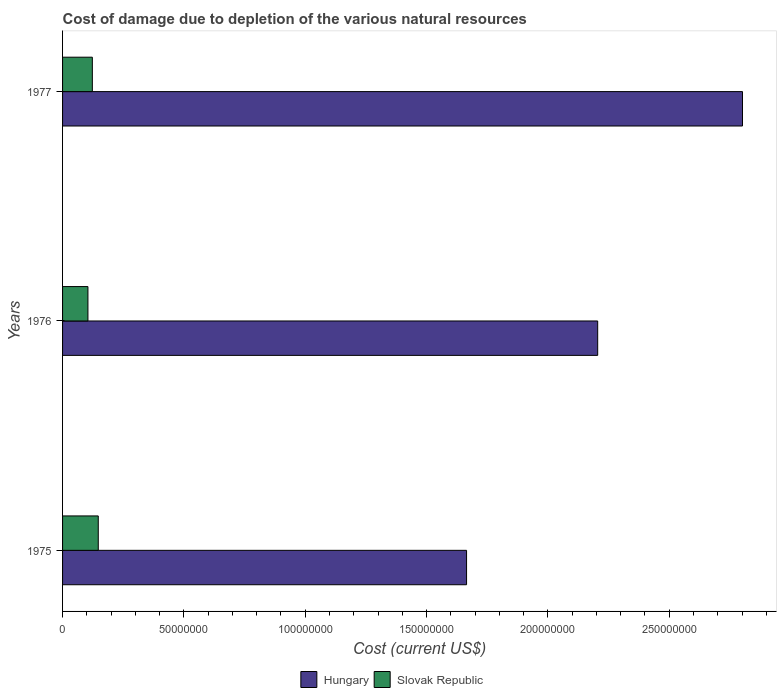
| Years | Hungary | Slovak Republic |
 | --- | --- | --- |
 | 1975 | 1.66e+08 | 1.47e+07 |
 | 1976 | 2.21e+08 | 1.05e+07 |
 | 1977 | 2.8e+08 | 1.23e+07 |